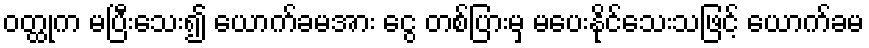
ဝတ္ထုက မပြီးသေး၍ ယောက်ခမအား ငွေ တစ်ပြားမှ မပေးနိုင်သေးသဖြင့် ယောက်ခမ